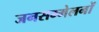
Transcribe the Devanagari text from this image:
जनसम्मेलनों